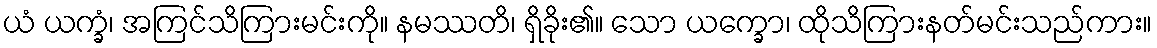
ယံ ယက္ခံ၊ အကြင်သိကြားမင်းကို။ နမဿတိ၊ ရှိခိုး၏။ သော ယက္ခော၊ ထိုသိကြားနတ်မင်းသည်ကား။